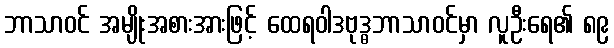
ဘာသာဝင် အမျိုးအစားအားဖြင့် ထေရဝါဒဗုဒ္ဓဘာသာဝင်မှာ လူဦးရေ၏ ၈၉